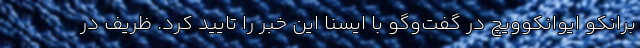
برانکو ایوانکوویچ در گفت‌وگو با ایسنا این خبر را تایید کرد. ظریف در